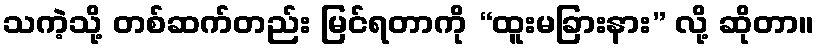
သကဲ့သို့ တစ်ဆက်တည်း မြင်ရတာကို “ထူးမခြားနား” လို့ ဆိုတာ။